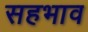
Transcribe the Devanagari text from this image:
सहभाव